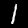
Digit: 1